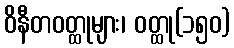
ဝိနီတဝတ္ထုများ၊ ဝတ္ထု(၁၅၀)